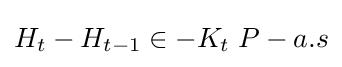
H_{t}-H_{t-1}\in -K_{t}\;P-a.s